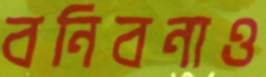
বনিবনাও